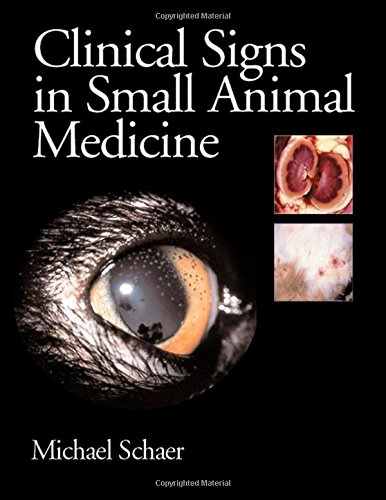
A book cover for Clinical Signs in Small Animal Medicine; Michael Schaer; Medical Books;